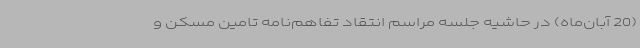
(20 آبان‌ماه) در حاشیه جلسه مراسم انتقاد تفاهم‌نامه تامین مسکن و